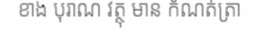
ខាង បុរាណ វត្ថុ មាន កំណត់ត្រា